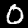
Digit: 0